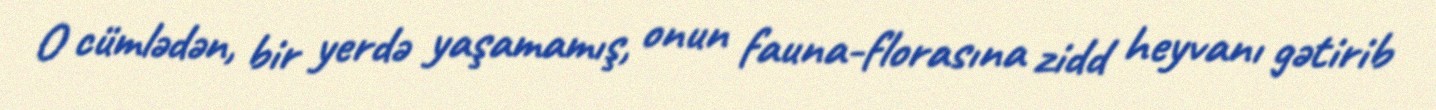
O cümlədən, bir yerdə yaşamamış, onun fauna-florasına zidd heyvanı gətirib